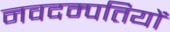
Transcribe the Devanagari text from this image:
नवदम्पतियों